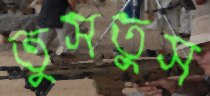
তুসতুস